Report of the Indian Hemp Drugs Commission, 1894-1895 - Volume VI
Year: 1894
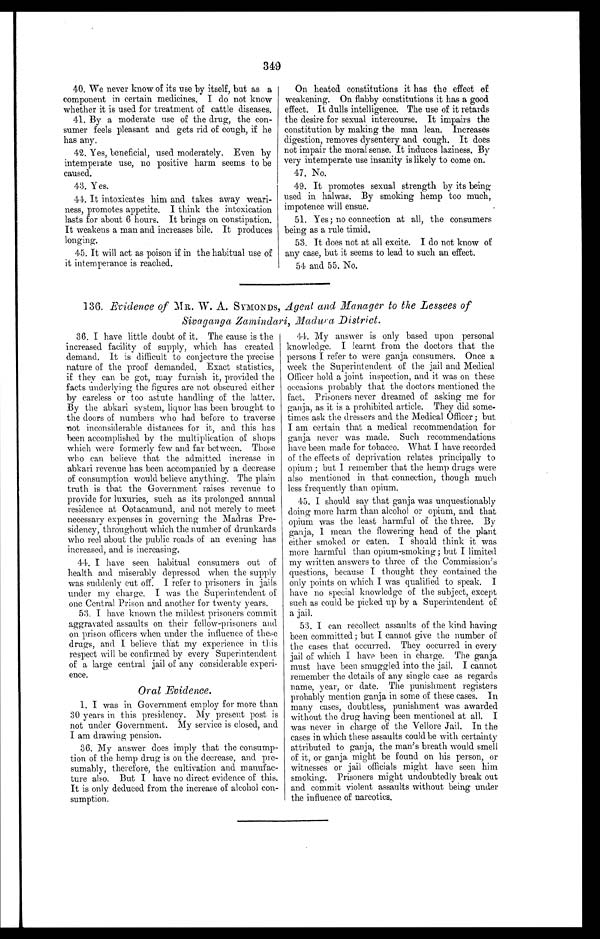
349
40. We never know of its use by itself, but as a
component in certain medicines. I do not know
whether it is used for treatment of cattle diseases.
41. By a moderate use of the drug, the con-
sumer feels pleasant and gets rid of cough, if he
has any.
42. Yes, beneficial, used moderately. Even by
intemperate use, no positive harm seems to be
caused.
43. Yes.
44. It intoxicates him and takes away weari-
ness, promotes appetite. I think the intoxication
lasts for about 6 hours. It brings on constipation.
It weakens a man and increases bile. It produces
longing.
45. It will act as poison if in the habitual use of
it intemperance is reached.
On heated constitutions it has the effect of
weakening. On flabby constitutions it has a good
effect. It dulls intelligence. The use of it retards
the desire for sexual intercourse. It impairs the
constitution by making the man lean. Increases
digestion, removes dysentery and cough. It does
not impair the moral sense. It induces laziness. By
very intemperate use insanity is likely to come on.
47. No.
49. It promotes sexual strength by its being
used in halwas. By smoking hemp too much,
impotence will ensue.
51. Yes; no connection at all, the consumers
being as a rule timid.
53. It does not at all excite. I do not know of
any case, but it seems to lead to such an effect.
54 and 55. No.
136. Evidence of MR. W. A. SYMONDS, Agent and Manager to the Lessees of
Sivaganga Zainindari, Madura District.
36. I have little doubt of it. The cause is the
increased facility of supply, which has created
demand. It is difficult to conjecture the precise
nature of the proof demanded. Exact statistics,
if they can be got, may furnish it, provided the
facts underlying the figures are not obscured either
by careless or too astute handling of the latter.
By the abkari system, liquor has been brought to
the doors of numbers who had before to traverse
not inconsiderable distances for it, and this has
been accomplished by the multiplication of shops
which were formerly few and far between. Those
who can believe that the admitted increase in
abkari revenue has been accompanied by a decrease
of consumption would believe anything. The plain
truth is that the Government raises revenue to
provide for luxuries, such as its prolonged annual
residence at Ootacamund, and not merely to meet
necessary expenses in governing the Madras Pre-
sidency, throughout which the number of drunkards
who reel about the public roads of an evening has
increased, and is increasing.
44. I have seen habitual consumers out of
health and miserably depressed when the supply
was suddenly cut off. I refer to prisoners in jails
under my charge. I was the Superintendent of
one Central Prison and another for twenty years.
53. I have known the mildest prisoners commit
aggravated assaults on their fellow-prisoners and
on prison officers when under the influence of these
drugs, and I believe that my experience in this
respect will be confirmed by every Superintendent
of a large central jail of any considerable experi-
ence.
Oral Evidence.
1. I was in Government employ for more than
30 years in this presidency. My present post is
not under Government. My service is closed, and
I am drawing pension.
36. My answer does imply that the consump-
tion of the hemp drug is on the decrease, and pre-
sumably, therefore, the cultivation and manufac-
ture also. But I have no direct evidence of this.
It is only deduced from the increase of alcohol con-
sumption.
41. My answer is only based upon personal
knowledge. I learnt from the doctors that the
persons I refer to were ganja consumers. Once a
week the Superintendent of the jail and Medical
Officer hold a joint inspection, and it was on these
occasions probably that the doctors mentioned the
fact. Prisoners never dreamed of asking me for
ganja, as it is a prohibited article. They did some-
times ask the dressers and the Medical Officer ; but
I am certain that a medical recommendation for
ganja never was made. Such recommendations
have been made for tobacco. What I have recorded
of the effects of deprivation relates principally to
opium ; but I remember that the hemp drugs were
also mentioned in that connection, though much
less frequently than opium.
45. I should say that ganja was unquestionably
doing more harm than alcohol or opium, and that
opium was the least harmful of the three. By
ganja, I mean the flowering head of the plant
either smoked or eaten. I should think it was
more harmful than opium-smoking; but I limited
my written answers to three of the Commission's
questions, because I thought they contained the
only points on which I was qualified. to speak. I
have no special knowledge of the subject, except
such as could be picked up by a Superintendent of
a jail.
53. I can recollect assaults of the kind having
been committed; but I cannot give the number of
the cases that occurred. They occurred in every
jail of which I have been in charge. The ganja
must have been smuggled into the jail. I cannot
remember the details of any single case as regards
name, year, or date. The punishment registers
probably mention ganja in some of these cases. In
many cases, doubtless, punishment was awarded
without the drug having been mentioned at all. I
was never in charge of the Vellore Jail. In the
cases in which these assaults could be with certainty
attributed to ganja, the man's breath would smell
of it, or ganja might be found on his person, or
witnesses or jail officials might have seen him
smoking. Prisoners might undoubtedly break out
and commit violent assaults without being under
the influence of narcotics.